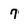
Character: 7